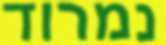
נמרוד